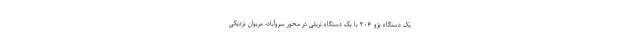
یک دستگاه پژو ۲۰۶ با یک دستگاه تریلی در محور سروآباد- مریوان نزدیکی